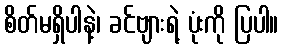
စိတ်မရှိပါနဲ့၊ ခင်ဗျားရဲ့ ပုံးကို ပြပါ။